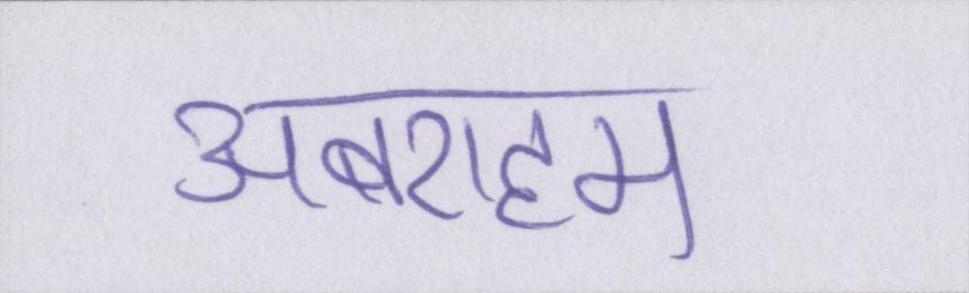
अबराहम